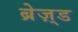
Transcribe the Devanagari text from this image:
ब्रेज़्ड